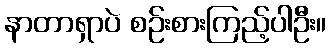
နာတာရှာပဲ စဉ်းစားကြည့်ပါဦး။